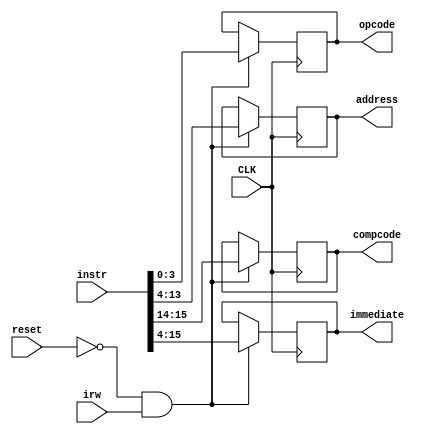
module InstructionRegister(
input reset,
input CLK,
input irw,
input [15:0] instr,
output reg [9:0] address,
output reg [3:0] opcode,
output reg [11:0] immediate,
//output reg [3:0] compcode
output reg [1:0] compcode

);



always@(posedge CLK)
begin
	if(reset ==0 && irw == 1) begin
	address=instr[13:4];
	opcode=instr[3:0];
	immediate=instr[15:4];
	compcode=instr[15:14];
	end
end
// Continuous assignment implies read returns NEW data. could use <=
endmodule